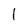
Character: l